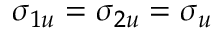
\sigma _ { 1 u } = \sigma _ { 2 u } = \sigma _ { u }